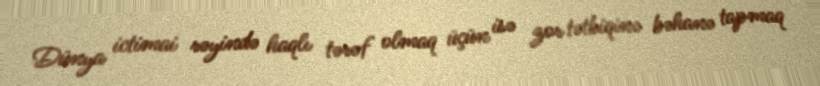
Dünya ictimai rəyində haqlı tərəf olmaq üçün isə zor tətbiqinə bəhanə tapmaq